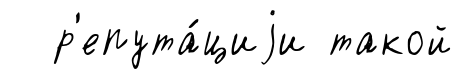
р'епута́циjи такой